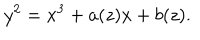
LaTeX: y ^ { 2 } = x ^ { 3 } + a ( z ) x + b ( z ) .